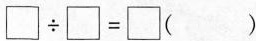
$$\Box \div \Box = \Box ( )$$